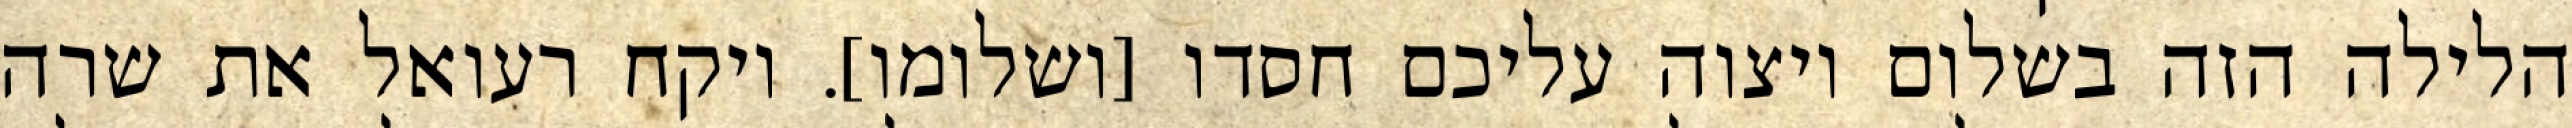
הלילה הזה בשלום ויצוה עליכם חסדו [ושלומו]. ויקח רעואל את שרה